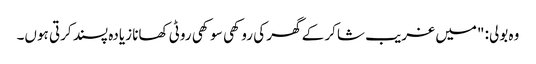
وہ بولی: "میں غریب شاکر کے گھر کی روکھی سوکھی روٹی کھانا زیادہ پسند کرتی ہوں۔